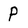
Character: P